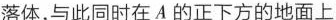
落体，与此同时在A的正下方的地面上